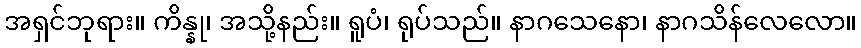
အရှင်ဘုရား။ ကိန္နု၊ အသို့နည်း။ ရူပံ၊ ရုပ်သည်။ နာဂသေနော၊ နာဂသိန်လေလော။